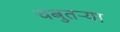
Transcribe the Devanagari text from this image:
चबुतऱ्या